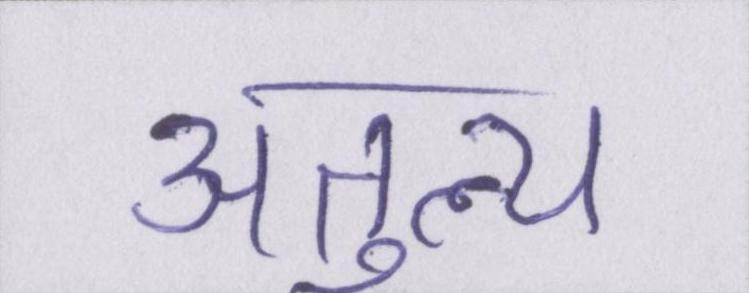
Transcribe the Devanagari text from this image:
अतुल्य